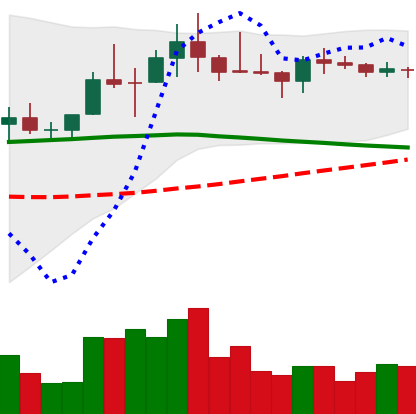
Ticker: LINK-USD
Chart end date: 2019-11-05
Forward return: 3.727%
Label: up_3_5